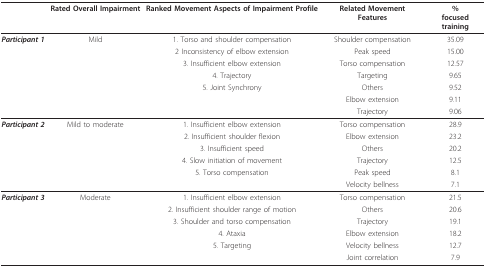
|  | Rated Overall Impairment | Ranked Movement Aspects of Impairment Profile | Related Movement Features | %focused training |
 | --- | --- | --- | --- | --- |
 | Participant 1 | Mild | 1. Torso and shoulder compensation | Shoulder compensation | 35.09 |
 |  |  | 2 Inconsistency of elbow extension | Peak speed | 15.00 |
 |  |  | 3. Insufficient elbow extension | Torso compensation | 12.57 |
 |  |  | 4. Trajectory | Targeting | 9.65 |
 |  |  | 5. Joint Synchrony | Others | 9.52 |
 |  |  |  | Elbow extension | 9.11 |
 |  |  |  | Trajectory | 9.06 |
 | Participant 2 | Mild to moderate | 1. Insufficient elbow extension | Torso compensation | 28.9 |
 |  |  | 2. Insufficient shoulder flexion | Elbow extension | 23.2 |
 |  |  | 3. Insufficient speed | Others | 20.2 |
 |  |  | 4. Slow initiation of movement | Trajectory | 12.5 |
 |  |  | 5. Torso compensation | Peak speed | 8.1 |
 |  |  |  | Velocity bellness | 7.1 |
 | Participant 3 | Moderate | 1. Insufficient elbow extension | Torso compensation | 21.5 |
 |  |  | 2. Insufficient shoulder range of motion | Others | 20.6 |
 |  |  | 3. Shoulder and torso compensation | Trajectory | 19.1 |
 |  |  | 4. Ataxia | Elbow extension | 18.2 |
 |  |  | 5. Targeting | Velocity bellness | 12.7 |
 |  |  |  | Joint correlation | 7.9 |